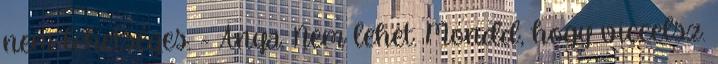
nem lehetséges. - Anya. Nem lehet. Mondd, hogy viccelsz.